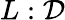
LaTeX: L:\mathcal{D}